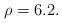
LaTeX: \begin{align*} \rho=6.2.\end{align*}